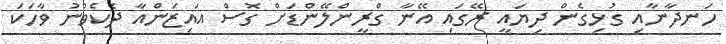
ހަނދާނާއި ގުޅިގެން ދިޔައީ ރޭގައި އޭނާ ގްރީންލޭންޑަށް ގޮސް އައިޒަންއާ ދެކެވުނު ވާހަކަ